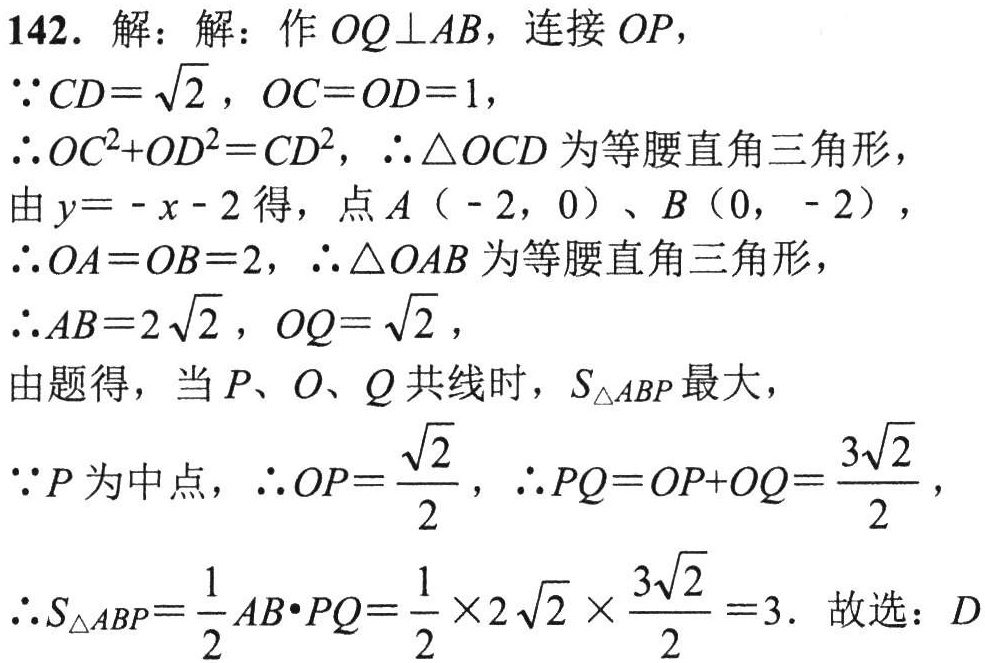
142. 解：解：作 \(OQ\perp AB\)，连接 \(OP\)，

\(\because CD = \sqrt{2}\)，\(OC = OD = 1\)，

\(\therefore OC^{2}+OD^{2}=CD^{2}\)，\(\therefore \triangle OCD\) 为等腰直角三角形，

由 \(y = -x - 2\) 得，点 \(A(-2,0)\)、\(B(0,-2)\)，

\(\therefore OA = OB = 2\)，\(\therefore \triangle OAB\) 为等腰直角三角形，

\(\therefore AB = 2\sqrt{2}\)，\(OQ=\sqrt{2}\)，

由题得，当 \(P\)、\(O\)、\(Q\) 共线时，\(S_{\triangle ABP}\) 最大，

\(\because P\) 为中点，\(\therefore OP=\frac{\sqrt{2}}{2}\)，\(\therefore PQ = OP + OQ=\frac{3\sqrt{2}}{2}\)，

\(\therefore S_{\triangle ABP}=\frac{1}{2}AB\cdot PQ=\frac{1}{2}\times2\sqrt{2}\times\frac{3\sqrt{2}}{2}=3\). 故选：\(D\)